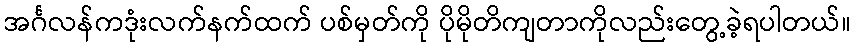
အင်္ဂလန်ကဒုံးလက်နက်ထက် ပစ်မှတ်ကို ပိုမိုတိကျတာကိုလည်းတွေ့ခဲ့ရပါတယ်။